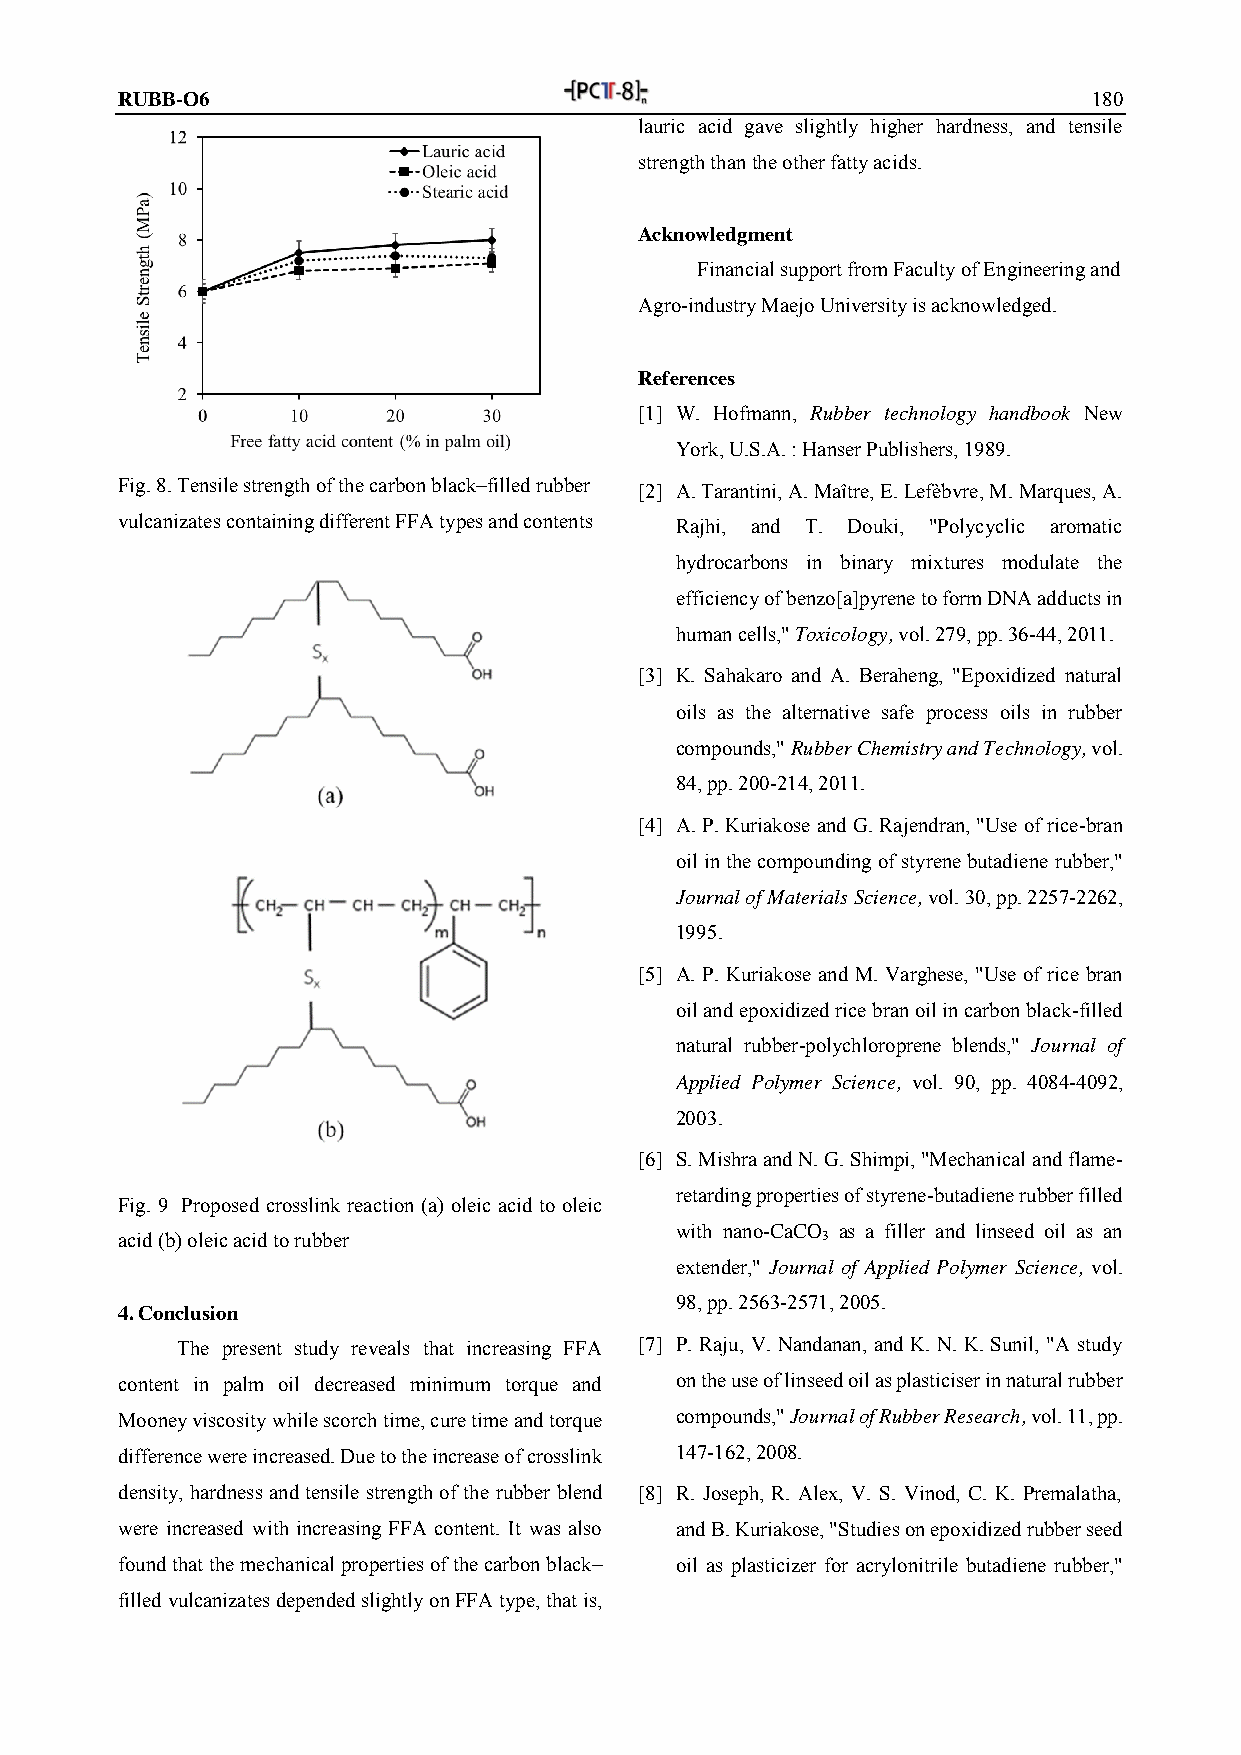
RUBB-O6                                                         180
 lauric acid gave slightly higher hardness, and tensile
 strength than the other fatty acids.
 Acknowledgment
 Financial support from Faculty of Engineering and
 Agro-industry Maejo University is acknowledged.
 References
 [1] W. Hofmann, Rubber technology handbook New
 York, U.S.A. : Hanser Publishers, 1989.
 Fig. 8. Tensile strength of the carbon black–filled rubber [2] A. Tarantini, A. Maître, E. Lefèbvre, M. Marques, A.
 vulcanizates containing different FFA types and contents Rajhi, and T. Douki, "Polycyclic aromatic
 hydrocarbons in binary mixtures modulate the
 efficiency of benzo[a]pyrene to form DNA adducts in
 human cells," Toxicology, vol. 279, pp. 36-44, 2011.
 [3] K. Sahakaro and A. Beraheng, "Epoxidized natural
 oils as the alternative safe process oils in rubber
 compounds," Rubber Chemistry and Technology, vol.
 84, pp. 200-214, 2011.
 [4] A. P. Kuriakose and G. Rajendran, "Use of rice-bran
 oil in the compounding of styrene butadiene rubber,"
 Journal of Materials Science, vol. 30, pp. 2257-2262,
 1995.
 [5] A. P. Kuriakose and M. Varghese, "Use of rice bran
 oil and epoxidized rice bran oil in carbon black-filled
 natural rubber-polychloroprene blends," Journal of
 Applied Polymer Science, vol. 90, pp. 4084-4092,
 2003.
 [6] S. Mishra and N. G. Shimpi, "Mechanical and flame-
 retarding properties of styrene-butadiene rubber filled
 Fig. 9 Proposed crosslink reaction (a) oleic acid to oleic
 with nano-CaCO as a filler and linseed oil as an
 acid (b) oleic acid to rubber                 3
 extender," Journal of Applied Polymer Science, vol.
 98, pp. 2563-2571, 2005.
 4. Conclusion
 The present study reveals that increasing FFA [7] P. Raju, V. Nandanan, and K. N. K. Sunil, "A study
 content in palm oil decreased minimum torque and on the use of linseed oil as plasticiser in natural rubber
 Mooney viscosity while scorch time, cure time and torque compounds," Journal of Rubber Research, vol. 11, pp.
 difference were increased. Due to the increase of crosslink 147-162, 2008.
 density, hardness and tensile strength of the rubber blend [8] R. Joseph, R. Alex, V. S. Vinod, C. K. Premalatha,
 were increased with increasing FFA content. It was also and B. Kuriakose, "Studies on epoxidized rubber seed
 found that the mechanical properties of the carbon black– oil as plasticizer for acrylonitrile butadiene rubber,"
 filled vulcanizates depended slightly on FFA type, that is,